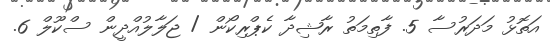
އަތޮޅު މަދަރުސާ 5. ފާތިމަތު ރާޝިދާ ކެޕްރިކޯން / ޖަލާލުއްދީން ސްކޫލް 6.